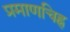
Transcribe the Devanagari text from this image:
प्रमाणचिह्न